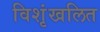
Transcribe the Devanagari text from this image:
विशृंखलित